Civil Veterinary Department. Central Provinces & Berar 1932-41 - 1932-1941
Year: 1932
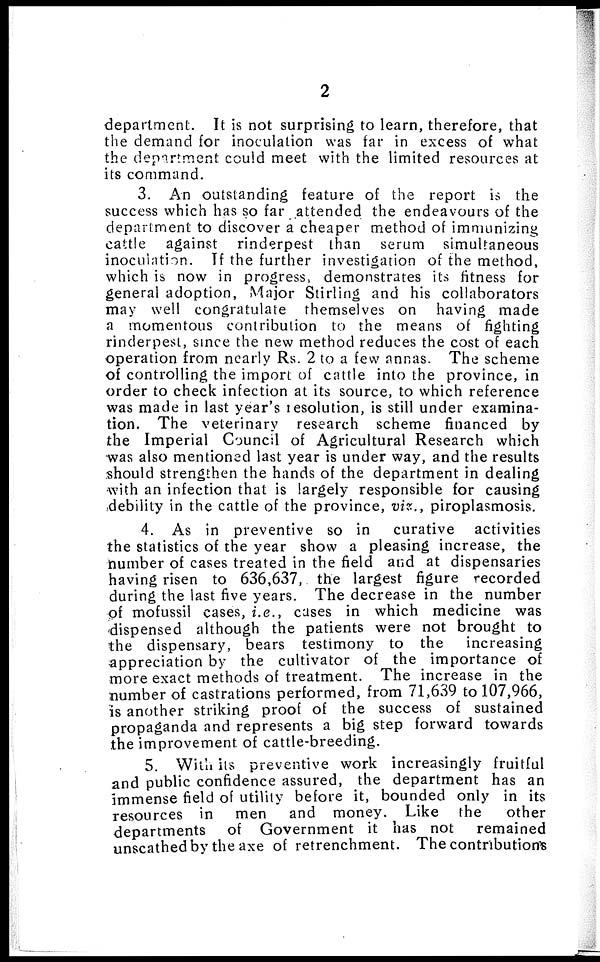
2
department. It is not surprising to learn, therefore, that
the demand for inoculation was far in excess of what
the department could meet with the limited resources at
its command.
3. An outstanding feature of the report is the
success which has so far attended the endeavours of the
department to discover a cheaper method of immunizing
cattle against rinderpest than serum simultaneous
inoculation. If the further investigation of the method,
which is now in progress, demonstrates its fitness for
general adoption, Major Stirling and his collaborators
may well congratulate themselves on having made
a momentous contribution to the means of fighting
rinderpest, since the new method reduces the cost of each
operation from nearly Rs. 2 to a few annas. The scheme
of controlling the import of cattle into the province, in
order to check infection at its source, to which reference
was made in last year's resolution, is still under examina-
tion. The veterinary research scheme financed by
the Imperial Council of Agricultural Research which
was also mentioned last year is under way, and the results
should strengthen the hands of the department in dealing
with an infection that is largely responsible for causing
debility in the cattle of the province, viz., piroplasmosis.
4. As in preventive so in curative activities
the statistics of the year show a pleasing increase, the
number of cases treated in the field and at dispensaries
having risen to 636,637, the largest figure recorded
during the last five years. The decrease in the number
of mofussil cases, i.e., cases in which medicine was
dispensed although the patients were not brought to
the dispensary, bears testimony to the increasing
appreciation by the cultivator of the importance of
more exact methods of treatment. The increase in the
number of castrations performed, from 71,639 to 107,966,
is another striking proof of the success of sustained
propaganda and represents a big step forward towards
the improvement of cattle-breeding.
5. With its preventive work increasingly fruitful
and public confidence assured, the department has an
immense field of utility before it, bounded only in its
resources in men and money. Like the other
departments of Government it has not remained
unscathed by the axe of retrenchment. The contributions